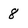
Character: 8